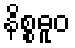
နိစ္စဓူဝ